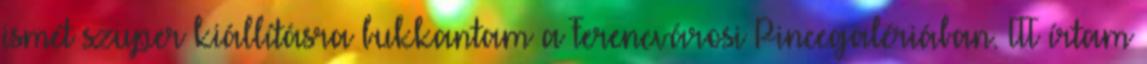
ismét szuper kiállításra bukkantam a Ferencvárosi Pincegalériában. ITT írtam